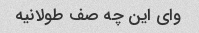
وای این چه صف طولانیه